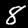
Digit: 8